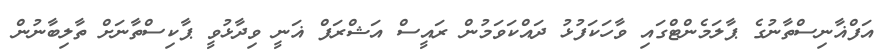
އަފްޣާނިސްތާނުގެ ޕާލަމެންޓްގައި ވާހަކަފުޅު ދައްކަވަމުން ރައީސް އަޝްރަފް ޣަނީ ވިދާޅުވީ ޕާކިސްތާނަށް ތާލިބާނުން